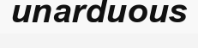
unarduous